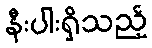
နီးပါးရှိသည့်